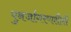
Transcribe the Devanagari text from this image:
पुनर्जागरणशैली